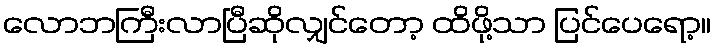
လောဘကြီးလာပြီဆိုလျှင်တော့ ထိဖို့သာ ပြင်ပေရော့။